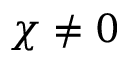
\chi \neq 0